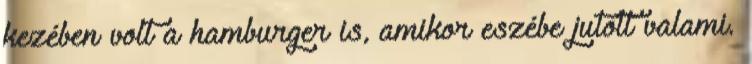
kezében volt a hamburger is, amikor eszébe jutott valami.